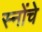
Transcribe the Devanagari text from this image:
स्नोंचे